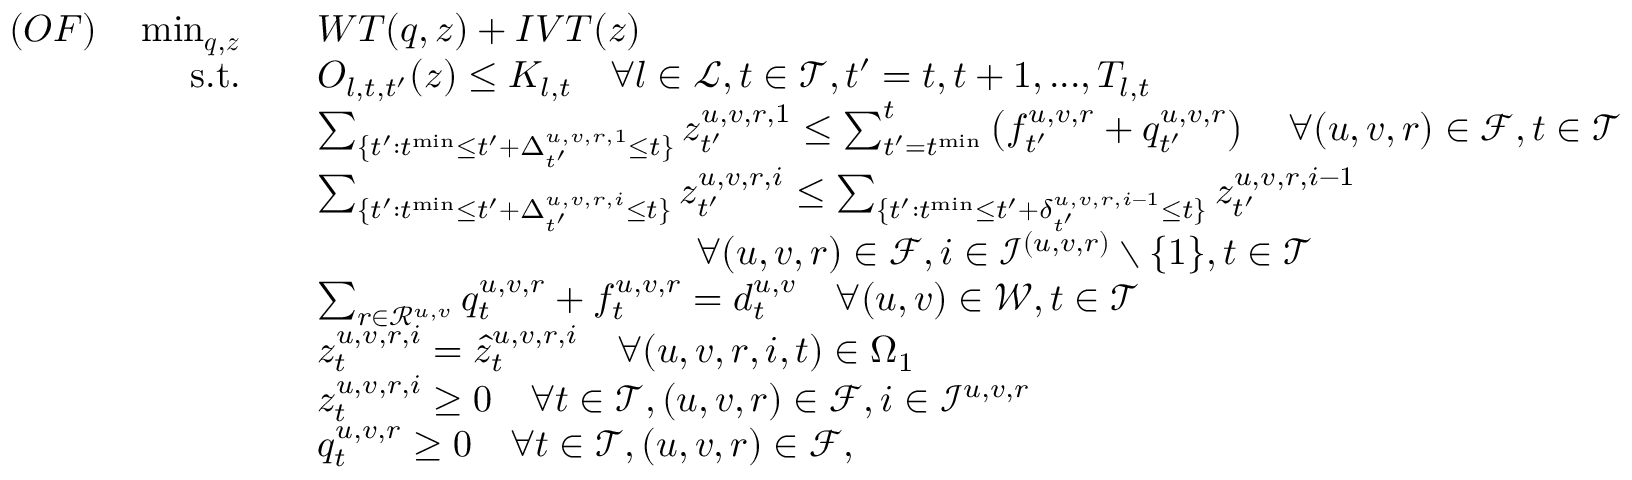
\begin{array} { r l } { ( O F ) \quad \operatorname* { m i n } _ { \boldsymbol { q } , \boldsymbol { z } } \quad } & { W T ( \boldsymbol { q } , \boldsymbol { z } ) + I V T ( \boldsymbol { z } ) } \\ { \mathrm { s . t . } \quad } & { O _ { l , t , t ^ { \prime } } ( \boldsymbol { z } ) \leq K _ { l , t } \quad \forall l \in \mathcal { L } , t \in \mathcal { T } , t ^ { \prime } = t , t + 1 , . . . , T _ { l , t } } \\ & { \sum _ { \{ t ^ { \prime } : t ^ { \mathrm { m i n } } \leq t ^ { \prime } + \Delta _ { t ^ { \prime } } ^ { u , v , r , 1 } \leq t \} } z _ { t ^ { \prime } } ^ { u , v , r , 1 } \leq \sum _ { t ^ { \prime } = t ^ { \mathrm { m i n } } } ^ { t } \left( f _ { t ^ { \prime } } ^ { u , v , r } + q _ { t ^ { \prime } } ^ { u , v , r } \right) \quad \forall ( u , v , r ) \in \mathcal { F } , t \in \mathcal { T } } \\ & { \sum _ { \{ t ^ { \prime } : t ^ { \mathrm { m i n } } \leq t ^ { \prime } + \Delta _ { t ^ { \prime } } ^ { u , v , r , i } \leq t \} } z _ { t ^ { \prime } } ^ { u , v , r , i } \leq \sum _ { \{ t ^ { \prime } : t ^ { \mathrm { m i n } } \leq t ^ { \prime } + \delta _ { t ^ { \prime } } ^ { u , v , r , i - 1 } \leq t \} } z _ { t ^ { \prime } } ^ { u , v , r , i - 1 } } \\ & { \qquad \qquad \qquad \qquad \qquad \forall ( u , v , r ) \in \mathcal { F } , i \in \mathcal { I } ^ { ( u , v , r ) } \setminus \{ 1 \} , t \in \mathcal { T } } \\ & { \sum _ { r \in \mathcal { R } ^ { u , v } } q _ { t } ^ { u , v , r } + f _ { t } ^ { u , v , r } = d _ { t } ^ { u , v } \quad \forall ( u , v ) \in \mathcal { W } , t \in \mathcal { T } } \\ & { z _ { t } ^ { u , v , r , i } = \hat { z } _ { t } ^ { u , v , r , i } \quad \forall ( u , v , r , i , t ) \in \Omega _ { 1 } } \\ & { z _ { t } ^ { u , v , r , i } \geq 0 \quad \forall t \in \mathcal { T } , ( u , v , r ) \in \mathcal { F } , i \in \mathcal { I } ^ { u , v , r } } \\ & { q _ { t } ^ { u , v , r } \geq 0 \quad \forall t \in \mathcal { T } , ( u , v , r ) \in \mathcal { F } , } \end{array}